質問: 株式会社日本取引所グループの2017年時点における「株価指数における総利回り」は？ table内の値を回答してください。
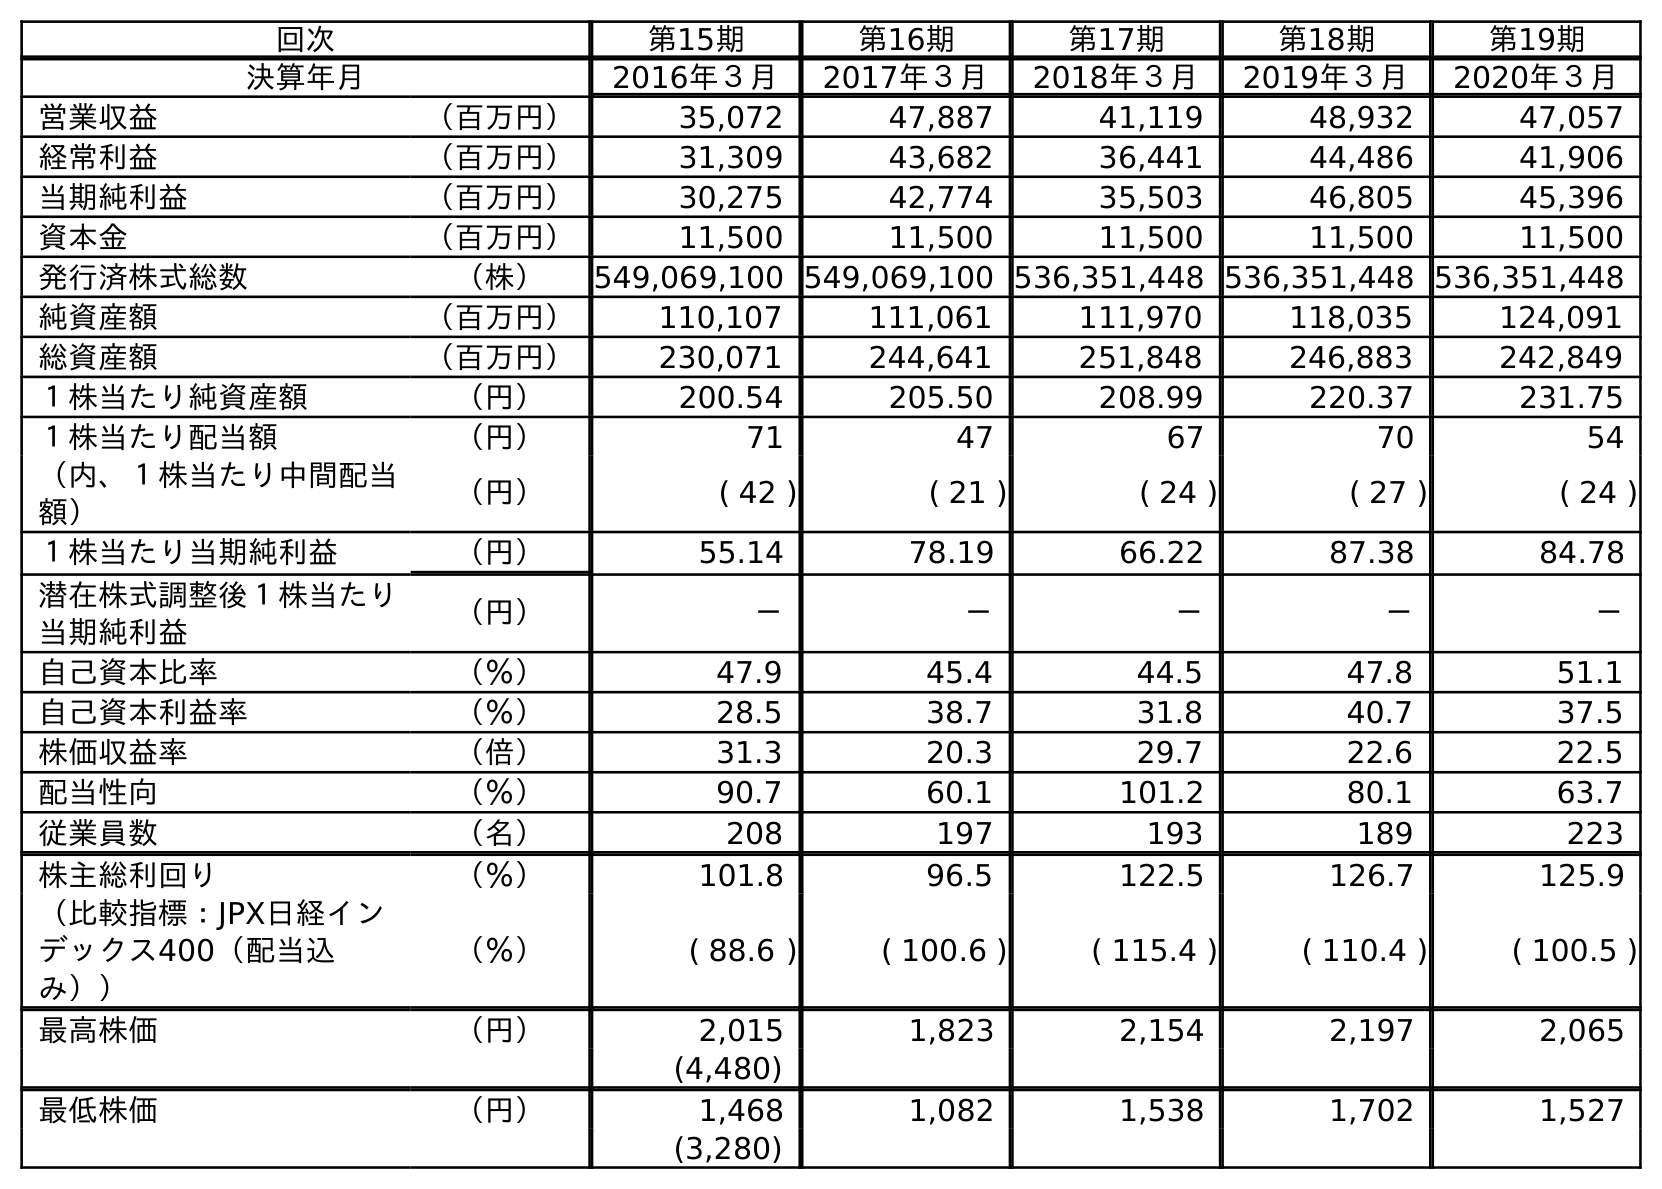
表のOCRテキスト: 回次 第15期 第16期 第17期 第18期 第19期 決算年月 2016年３月 2017年３月 2018年３月 2019年３月 2020年３月 営業収益 （百万円） 35,072 47,887 41,119 48,932 47,057 経常利益 （百万円） 31,309 43,682 36,441 44,486 41,906 当期純利益 （百万円） 30,275 42,774 35,503 46,805 45,396 資本金 （百万円） 11,500 11,500 11,500 11,500 11,500 発行済株式総数 （株） 549,069,100 549,069,100 536,351,448 536,351,448 536,351,448 純資産額 （百万円） 110,107 111,061 111,970 118,035 124,091 総資産額 （百万円） 230,071 244,641 251,848 246,883 242,849 １株当たり純資産額 （円） 200.54 205.50 208.99 220.37 231.75 １株当たり配当額 （円） 71 47 67 70 54 （内、１株当たり中間配当 額） （円） ( 42 ) ( 21 ) ( 24 ) ( 27 ) ( 24 ) １株当たり当期純利益 （円） 55.14 78.19 66.22 87.38 84.78 潜在株式調整後１株当たり 当期純利益 （円） － － － － － 自己資本比率 （％） 47.9 45.4 44.5 47.8 51.1 自己資本利益率 （％） 28.5 38.7 31.8 40.7 37.5 株価収益率 （倍） 31.3 20.3 29.7 22.6 22.5 配当性向 （％） 90.7 60.1 101.2 80.1 63.7 従業員数 （名） 208 197 193 189 223 株主総利回り （％） 101.8 96.5 122.5 126.7 125.9 （比較指標：JPX日経イン デックス400（配当込 み）） （％） ( 88.6 ) ( 100.6 ) ( 115.4 ) ( 110.4 ) ( 100.5 ) 最高株価 （円） 2,015 1,823 2,154 2,197 2,065 (4,480) 最低株価 （円） 1,468 1,082 1,538 1,702 1,527 (3,280)
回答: (100.6)